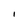
Character: I